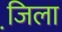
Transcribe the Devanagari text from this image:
जि़ला